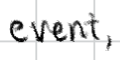
Text: event,
Cross-out: clean
Writing tool: digital_black